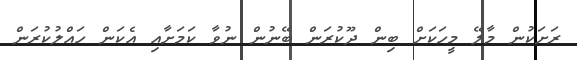
ރަށަކުން މާލޭ މީހަކަށް ބިން ދޫކުރަން ބޭނުން ނުވާ ކަމަށާއި އެކަން ހައްލުކުރަން